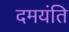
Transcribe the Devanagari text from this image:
दमयंति